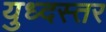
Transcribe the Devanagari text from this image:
युध्दस्तर